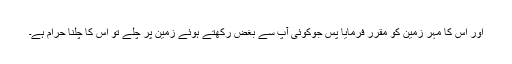
اور اس کا مہر زمین کو مقرر فرمایا پس جوکوئی آپ سے بغض رکھتے ہوئے زمین پر چلے تو اس کا چلنا حرام ہے۔